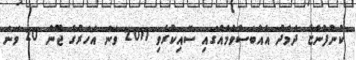
ކުންފުންޏާ ދެމެދު އެއްބަސްވުމެއްގައި ސޮއިކުރެވި 2011 ވަނަ އަހަރުގެ ޖޫން 20 ވަނަ